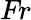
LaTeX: \textit{Fr}